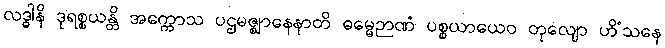
လဒ္ဓါနိ ဒုရစ္စယန္တိ အက္ကောသ ပဌမဇ္ဈာနေနာတိ ဓမ္မေဉာဏံ ပစ္စယာယေဝ တုလျော ဟိံသနေ